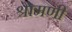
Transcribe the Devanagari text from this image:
श्रोमणी